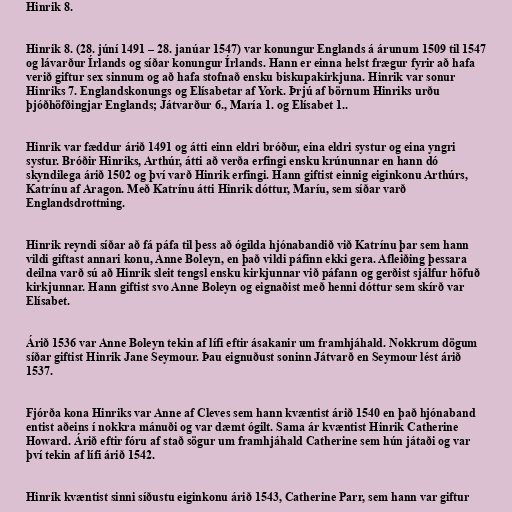
Hinrik 8.

Hinrik 8. (28. júní 1491 – 28. janúar 1547) var konungur Englands á árunum 1509 til 1547
og lávarður Írlands og síðar konungur Írlands. Hann er einna helst frægur fyrir að hafa
verið giftur sex sinnum og að hafa stofnað ensku biskupakirkjuna. Hinrik var sonur
Hinriks 7. Englandskonungs og Elísabetar af York. Þrjú af börnum Hinriks urðu
þjóðhöfðingjar Englands; Játvarður 6., María 1. og Elísabet 1..

Hinrik var fæddur árið 1491 og átti einn eldri bróður, eina eldri systur og eina yngri
systur. Bróðir Hinriks, Arthúr, átti að verða erfingi ensku krúnunnar en hann dó
skyndilega árið 1502 og því varð Hinrik erfingi. Hann giftist einnig eiginkonu Arthúrs,
Katrínu af Aragon. Með Katrínu átti Hinrik dóttur, Maríu, sem síðar varð
Englandsdrottning.

Hinrik reyndi síðar að fá páfa til þess að ógilda hjónabandið við Katrínu þar sem hann
vildi giftast annari konu, Anne Boleyn, en það vildi páfinn ekki gera. Afleiðing þessara
deilna varð sú að Hinrik sleit tengsl ensku kirkjunnar við páfann og gerðist sjálfur höfuð
kirkjunnar. Hann giftist svo Anne Boleyn og eignaðist með henni dóttur sem skírð var
Elísabet.

Árið 1536 var Anne Boleyn tekin af lífi eftir ásakanir um framhjáhald. Nokkrum dögum
síðar giftist Hinrik Jane Seymour. Þau eignuðust soninn Játvarð en Seymour lést árið
1537.

Fjórða kona Hinriks var Anne af Cleves sem hann kvæntist árið 1540 en það hjónaband
entist aðeins í nokkra mánuði og var dæmt ógilt. Sama ár kvæntist Hinrik Catherine
Howard. Árið eftir fóru af stað sögur um framhjáhald Catherine sem hún játaði og var
því tekin af lífi árið 1542.

Hinrik kvæntist sinni síðustu eiginkonu árið 1543, Catherine Parr, sem hann var giftur